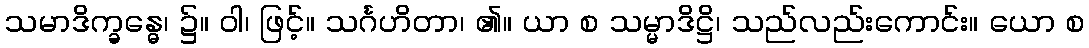
သမာဒိက္ခန္ဓေ၊ ၌။ ဝါ၊ ဖြင့်။ သင်္ဂဟိတာ၊ ၏။ ယာ စ သမ္မာဒိဋ္ဌိ၊ သည်လည်းကောင်း။ ယော စ